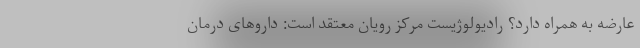
عارضه به همراه دارد؟ رادیولوژیست مرکز رویان معتقد است: داروهای درمان